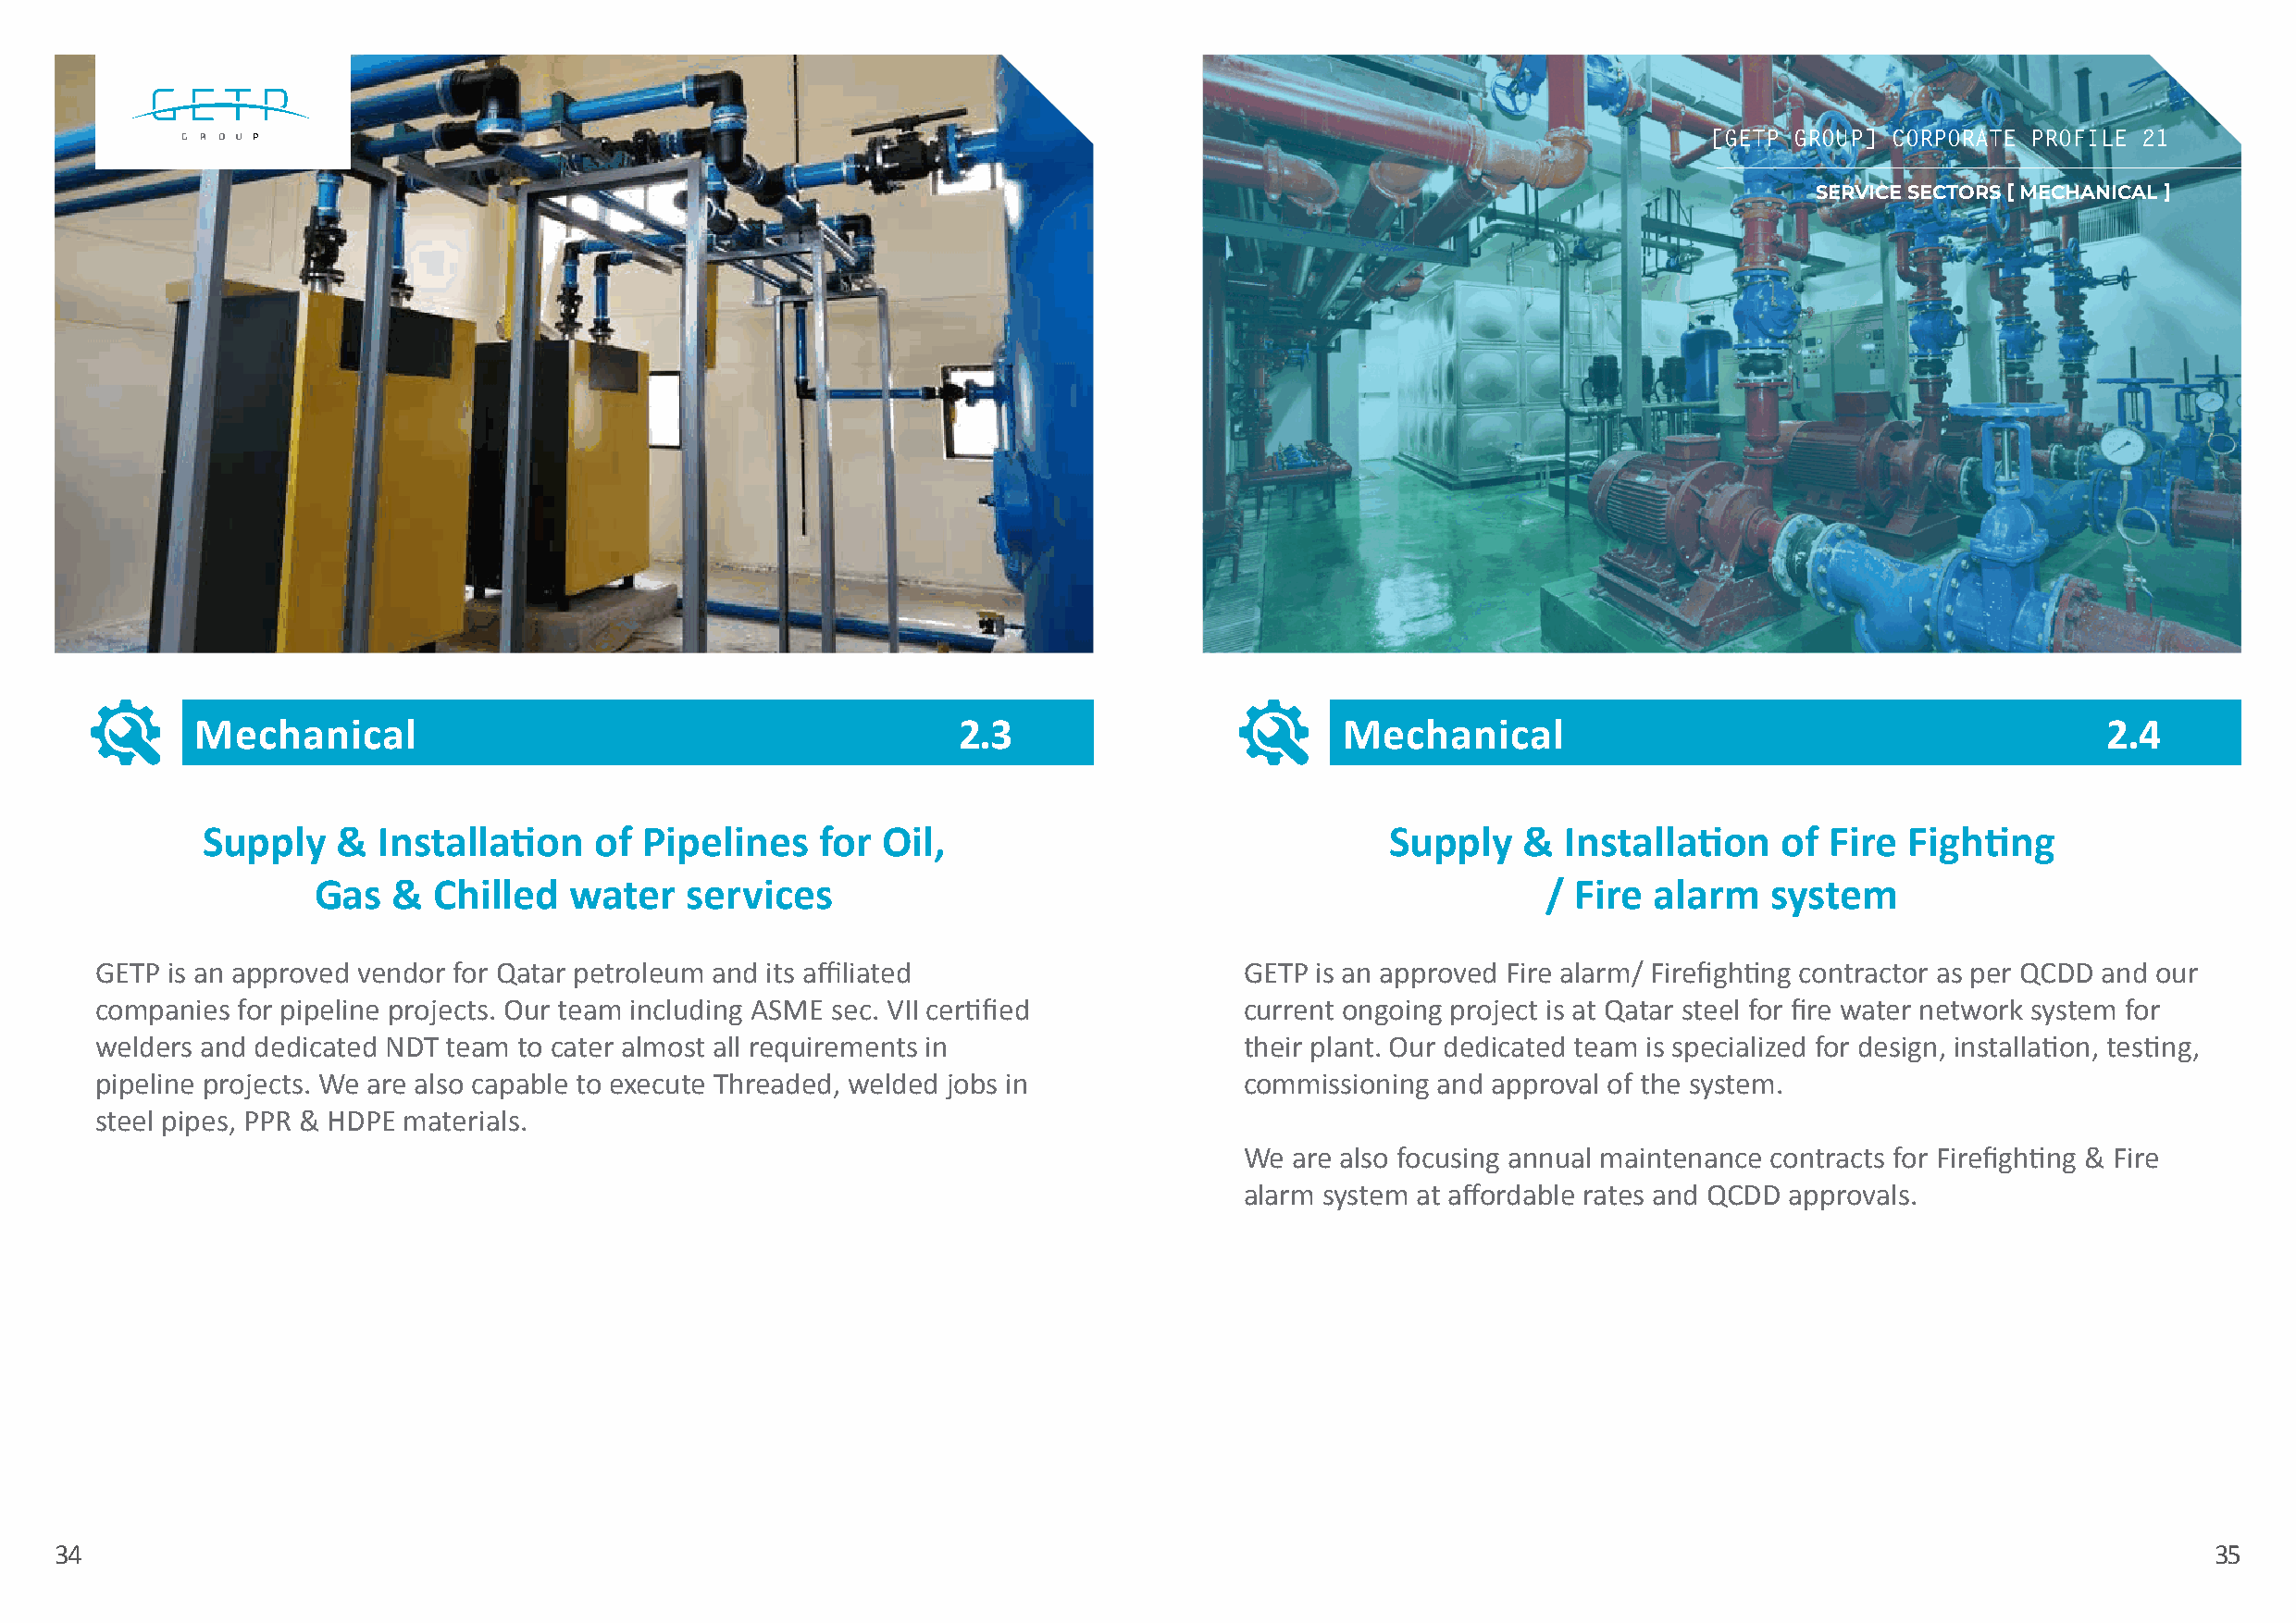
[[GGEETTPP GGRROOUUPP]] CCOORRPPOORRAATTEE PPRROOFFIILLEE 2211
 SERVICE SECTORS [ MECHANICAL ]
 Mechanical                                            2.3                         Mechanical                                             2.4
 Supply    &  Installation    of Pipelines    for Oil,                                Supply    &  Installation   of  Fire Fighting
 Gas   &  Chilled   water   services                                                      / Fire alarm    system
 GETP is an approved vendor for Qatar petroleum and its affiliated                 GETP is an approved Fire alarm/ Firefighting contractor as per QCDD and our
 companies for pipeline projects. Our team including ASME sec. VII certified       current ongoing project is at Qatar steel for fire water network system for
 welders and dedicated NDT team to cater almost all requirements in                their plant. Our dedicated team is specialized for design, installation, testing,
 pipeline projects. We are also capable to execute Threaded, welded jobs in        commissioning and approval of the system.
 steel pipes, PPR & HDPE materials.
 We are also focusing annual maintenance contracts for Firefighting & Fire
 alarm system at affordable rates and QCDD approvals.
 34                                                                                                                                                        35